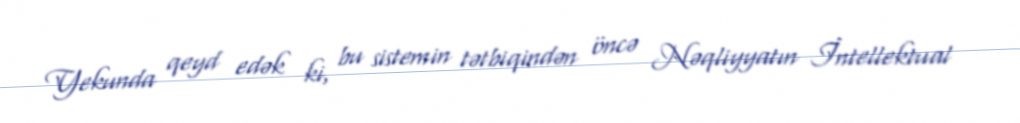
Yekunda qeyd edək ki, bu sistemin tətbiqindən öncə Nəqliyyatın İntellektual